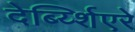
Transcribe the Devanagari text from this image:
देर्ब्य्शिएरे